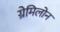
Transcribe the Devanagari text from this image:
ग्रेमिलोन